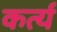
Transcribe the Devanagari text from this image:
कर्त्य